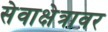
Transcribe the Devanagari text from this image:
सेवाक्षेत्रावर